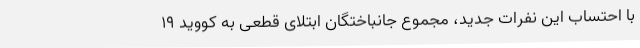
با احتساب این نفرات جدید، مجموع جانباختگان ابتلای قطعی به کووید 19